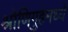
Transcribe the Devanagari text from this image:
श्रोणिगुहेमध्ये